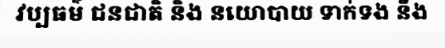
វប្បធម៌ ជនជាតិ និង នយោបាយ ទាក់ទង នឹង